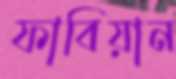
ফাবিয়ান